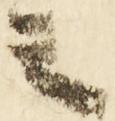
言